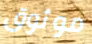
موثوق